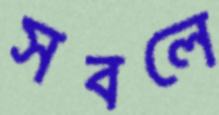
সবলে